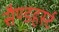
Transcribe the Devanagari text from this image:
सैण्डहर्स्ट